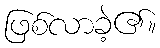
ဖြစ်လာခဲ့၏။